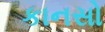
કાનસો